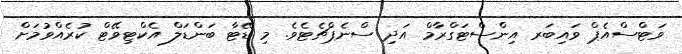
ވަޓްސްއެޕް ވައިބަރ އިންސްޓަގްރާމް އަދި ސްނެޕްޗެޓެވެ. މި ޑޭޓާ ބަންޑަލް އެކްޓިވޭޓް ކުރެއްވުމަށް